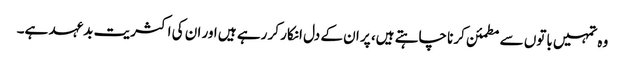
وہ تمہیں باتوں سے مطمئن کرنا چاہتے ہیں، پر ان کے دل انکار کر رہے ہیں اور ان کی اکثریت بدعہد ہے۔